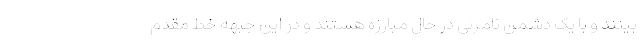
بینند و با یک دشمن نامرئی در حال مبارزه هستند و در این جبهه خط مقدم